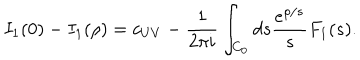
LaTeX: I _ { 1 } ( 0 ) - I _ { 1 } ( \rho ) = c _ { U V } - \frac { 1 } { 2 \pi i } \int _ { C _ { 0 } } d s \frac { e ^ { \rho / s } } { s } F _ { 1 } ( s ^ { } ) .